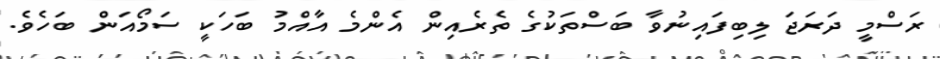
ރަސްމީ ދަރަޖަ ލިބިފައިނުވާ ބަސްތަކުގެ ތެރެއިން އެންމެ އާއްމު ބަހަކީ ސަމޯއަން ބަހެވެ.